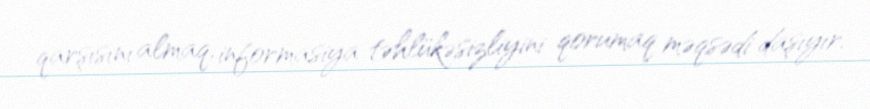
qarşısını almaq, informasiya təhlükəsizliyini qorumaq məqsədi daşıyır.